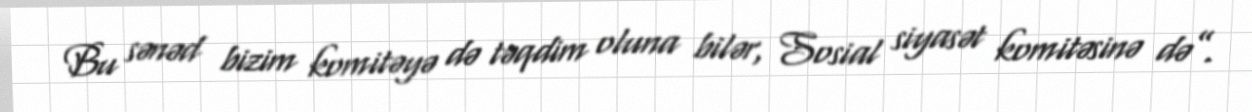
Bu sənəd bizim komitəyə də təqdim oluna bilər, Sosial siyasət komitəsinə də”.